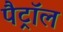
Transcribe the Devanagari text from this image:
पैट्रॉल